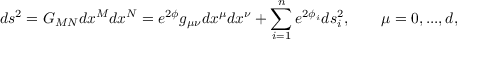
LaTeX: d s ^ { 2 } = G _ { M N } d x ^ { M } d x ^ { N } = e ^ { 2 \phi } g _ { \mu \nu } d x ^ { \mu } d x ^ { \nu } + \sum _ { i = 1 } ^ { n } e ^ { 2 \phi _ { i } } d s _ { i } ^ { 2 } , \qquad \mu = 0 , . . . , d ,